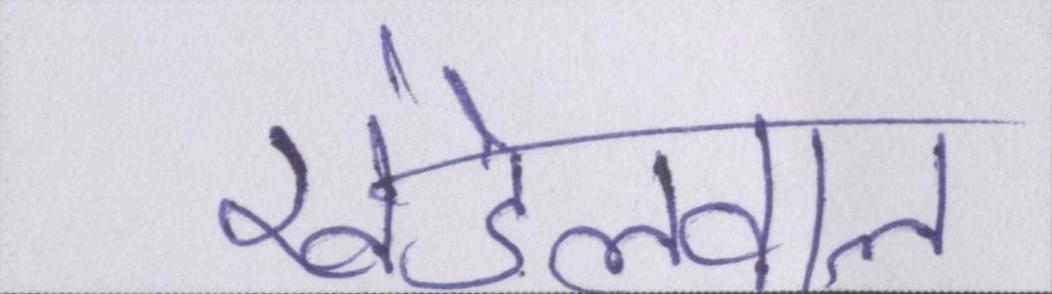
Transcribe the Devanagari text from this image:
खंडेलवाल